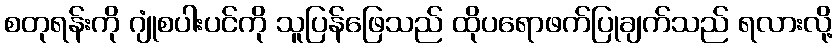
စတုရန်းကို ဂျုံစပါးပင်ကို သူပြန်ဖြေသည် ထိုပရောဖက်ပြုချက်သည် ရလားလို့